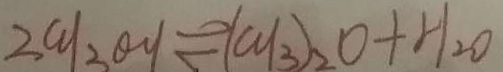
2 c y _ { 3 } \theta y \rightleftharpoons ( c y _ { 3 } ) _ { 2 } O + H _ { 2 } O